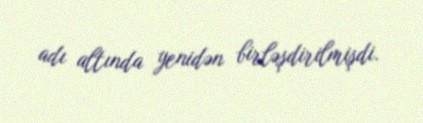
adı altında yenidən birləşdirilmişdi.